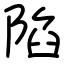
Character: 陷